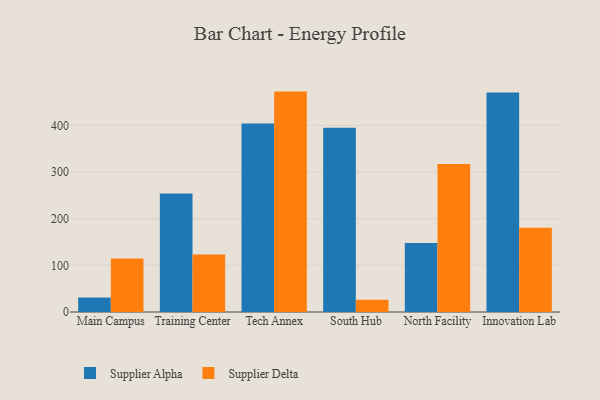
{"axis": {"x": "Campus", "y": "LTV (USD)"}, "legend": ["Supplier Alpha", "Supplier Delta"], "data": [{"x": "Main Campus", "y": 31.3, "type": "Supplier Alpha"}, {"x": "Main Campus", "y": 114.4, "type": "Supplier Delta"}, {"x": "Training Center", "y": 253.9, "type": "Supplier Alpha"}, {"x": "Training Center", "y": 123.4, "type": "Supplier Delta"}, {"x": "Tech Annex", "y": 403.8, "type": "Supplier Alpha"}, {"x": "Tech Annex", "y": 472.2, "type": "Supplier Delta"}, {"x": "South Hub", "y": 395.0, "type": "Supplier Alpha"}, {"x": "South Hub", "y": 26.1, "type": "Supplier Delta"}, {"x": "North Facility", "y": 148.0, "type": "Supplier Alpha"}, {"x": "North Facility", "y": 316.9, "type": "Supplier Delta"}, {"x": "Innovation Lab", "y": 470.5, "type": "Supplier Alpha"}, {"x": "Innovation Lab", "y": 180.6, "type": "Supplier Delta"}]}